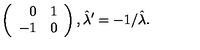
\left( \begin{array} { r r } { 0 } & { 1 } \\ { - 1 } & { 0 } \\ \end{array} \right) , \hat { \lambda } ^ { \prime } = - 1 / \hat { \lambda } .